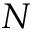
N